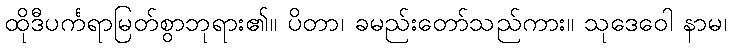
ထိုဒီပင်္ကရာမြတ်စွာဘုရား၏။ ပိတာ၊ ခမည်းတော်သည်ကား။ သုဒေဝေါ နာမ၊